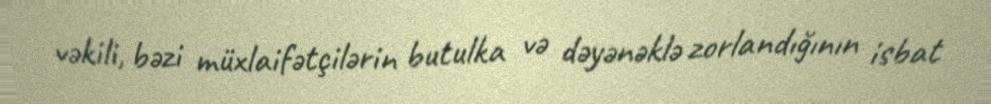
vəkili, bəzi müxlaifətçilərin butulka və dəyənəklə zorlandığının isbat